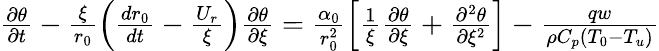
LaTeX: \begin{array}{r}{\frac{\partial\theta}{\partial t}-\frac{\xi}{r_{0}}\left(\frac{dr_{0}}{dt}-\frac{U_{r}}{\xi}\right)\frac{\partial\theta}{\partial\xi}=\frac{\alpha_{0}}{r_{0}^{2}}\left[\frac{1}{\xi}\frac{\partial\theta}{\partial\xi}+\frac{\partial^{2}\theta}{\partial\xi^{2}}\right]-\frac{qw}{\rho C_{p}(T_{0}-T_{u})}}\end{array}